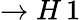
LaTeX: \to H\, 1